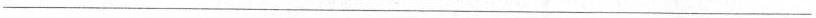
___